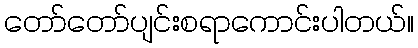
တော်တော်ပျင်းစရာကောင်းပါတယ်။